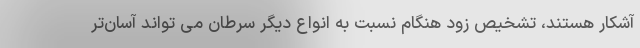
آشکار هستند، تشخیص زود هنگام نسبت به انواع دیگر سرطان می تواند آسان‌تر